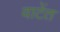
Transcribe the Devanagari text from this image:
वाटेंत